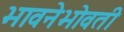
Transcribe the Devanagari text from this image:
भावनेभोवती